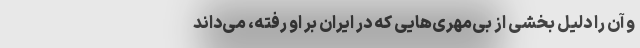
و آن را دلیل بخشی از بی‌مهری‌هایی که در ایران بر او رفته، می‌داند